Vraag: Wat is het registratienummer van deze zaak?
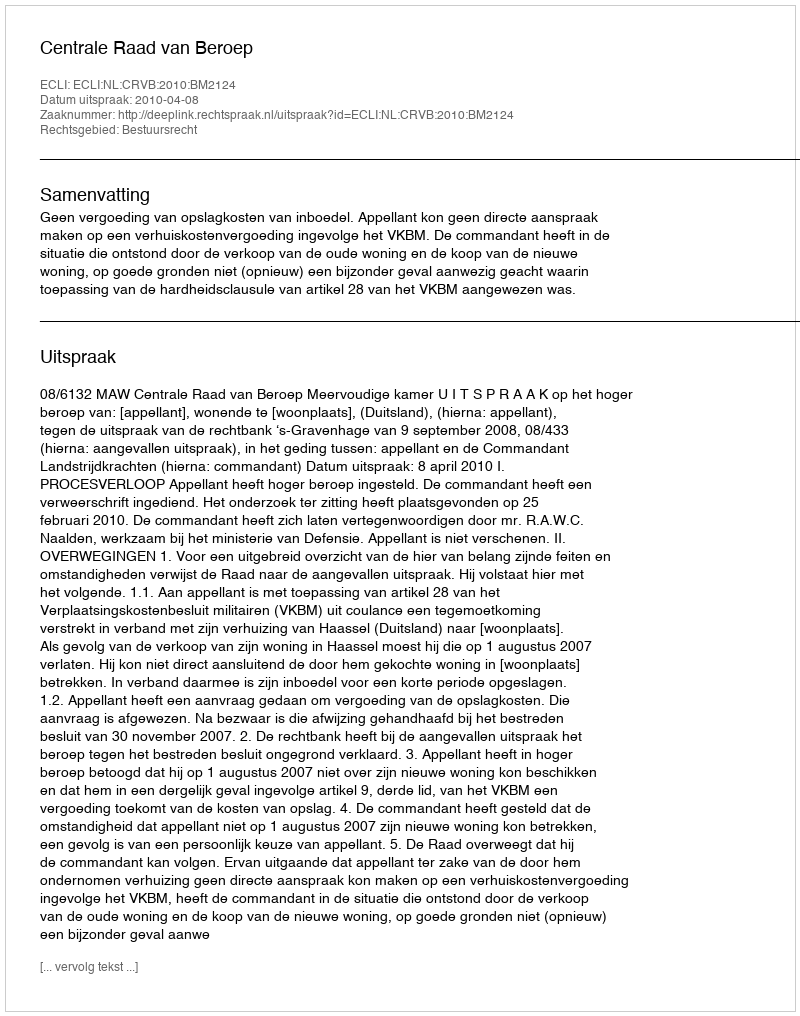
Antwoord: http://deeplink.rechtspraak.nl/uitspraak?id=ECLI:NL:CRVB:2010:BM2124